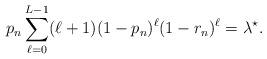
LaTeX: \begin{align*}p_n\sum_{\ell=0}^{L-1}(\ell+1)(1-p_n)^\ell(1-r_n)^\ell &= \lambda^\star.\end{align*}